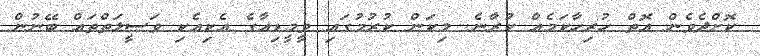
ކޮށްދެވެން އޮތް ހުރިހާކަމެއް ކުރާނެ. މިކަން ކުރުމުގައި ވީމީޑިއާގެ އެކިއެކި ވަސީލަތްތައް ބޭނުން